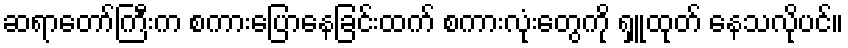
ဆရာတော်ကြီးက စကားပြောနေခြင်းထက် စကားလုံးတွေကို ရှူထုတ် နေသလိုပင်။